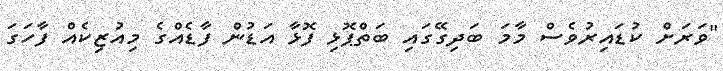
"ވަރަށް ކުުޑައިރުވެސް މާމަ ބަދިގޭގައި ބަތްޕޮޅި ފޮޅާ އަޑުން ފާޑެއްގެ މިއުޒިކެއް ފާހަގަ